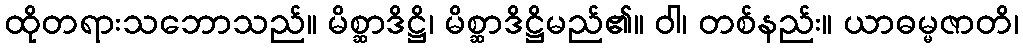
ထိုတရားသဘောသည်။ မိစ္ဆာဒိဋ္ဌိ၊ မိစ္ဆာဒိဋ္ဌိမည်၏။ ဝါ၊ တစ်နည်း။ ယာဓမ္မဇာတိ၊